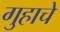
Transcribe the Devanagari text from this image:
गुहाचे